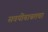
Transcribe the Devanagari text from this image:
सवयींबाबतचा